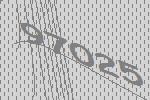
97025